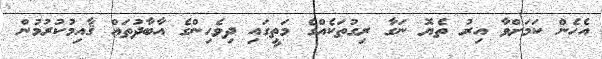
އެހެން ކަމަށްވާ އިރު ތެޔޮ ނަގާ ރިގުތަކެއްގެ މަތީގައި ދިވެހިންގެ އާބާދުތައް ޤާއިމުކުރުމުން